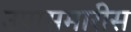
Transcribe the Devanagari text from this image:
उपासमारीस